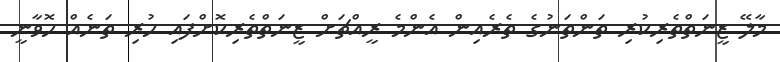
މާލޭ ޒީނަތްތެރިކުރި ތަންތަނުގެ ތެރެއިން އެންމެ ރީއްޗަށް ޒީނަތްތެރިކޮށްފައި ހުރި ތަަނެއް ހޮވާނީ